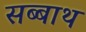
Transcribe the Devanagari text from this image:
सब्‍बाथ